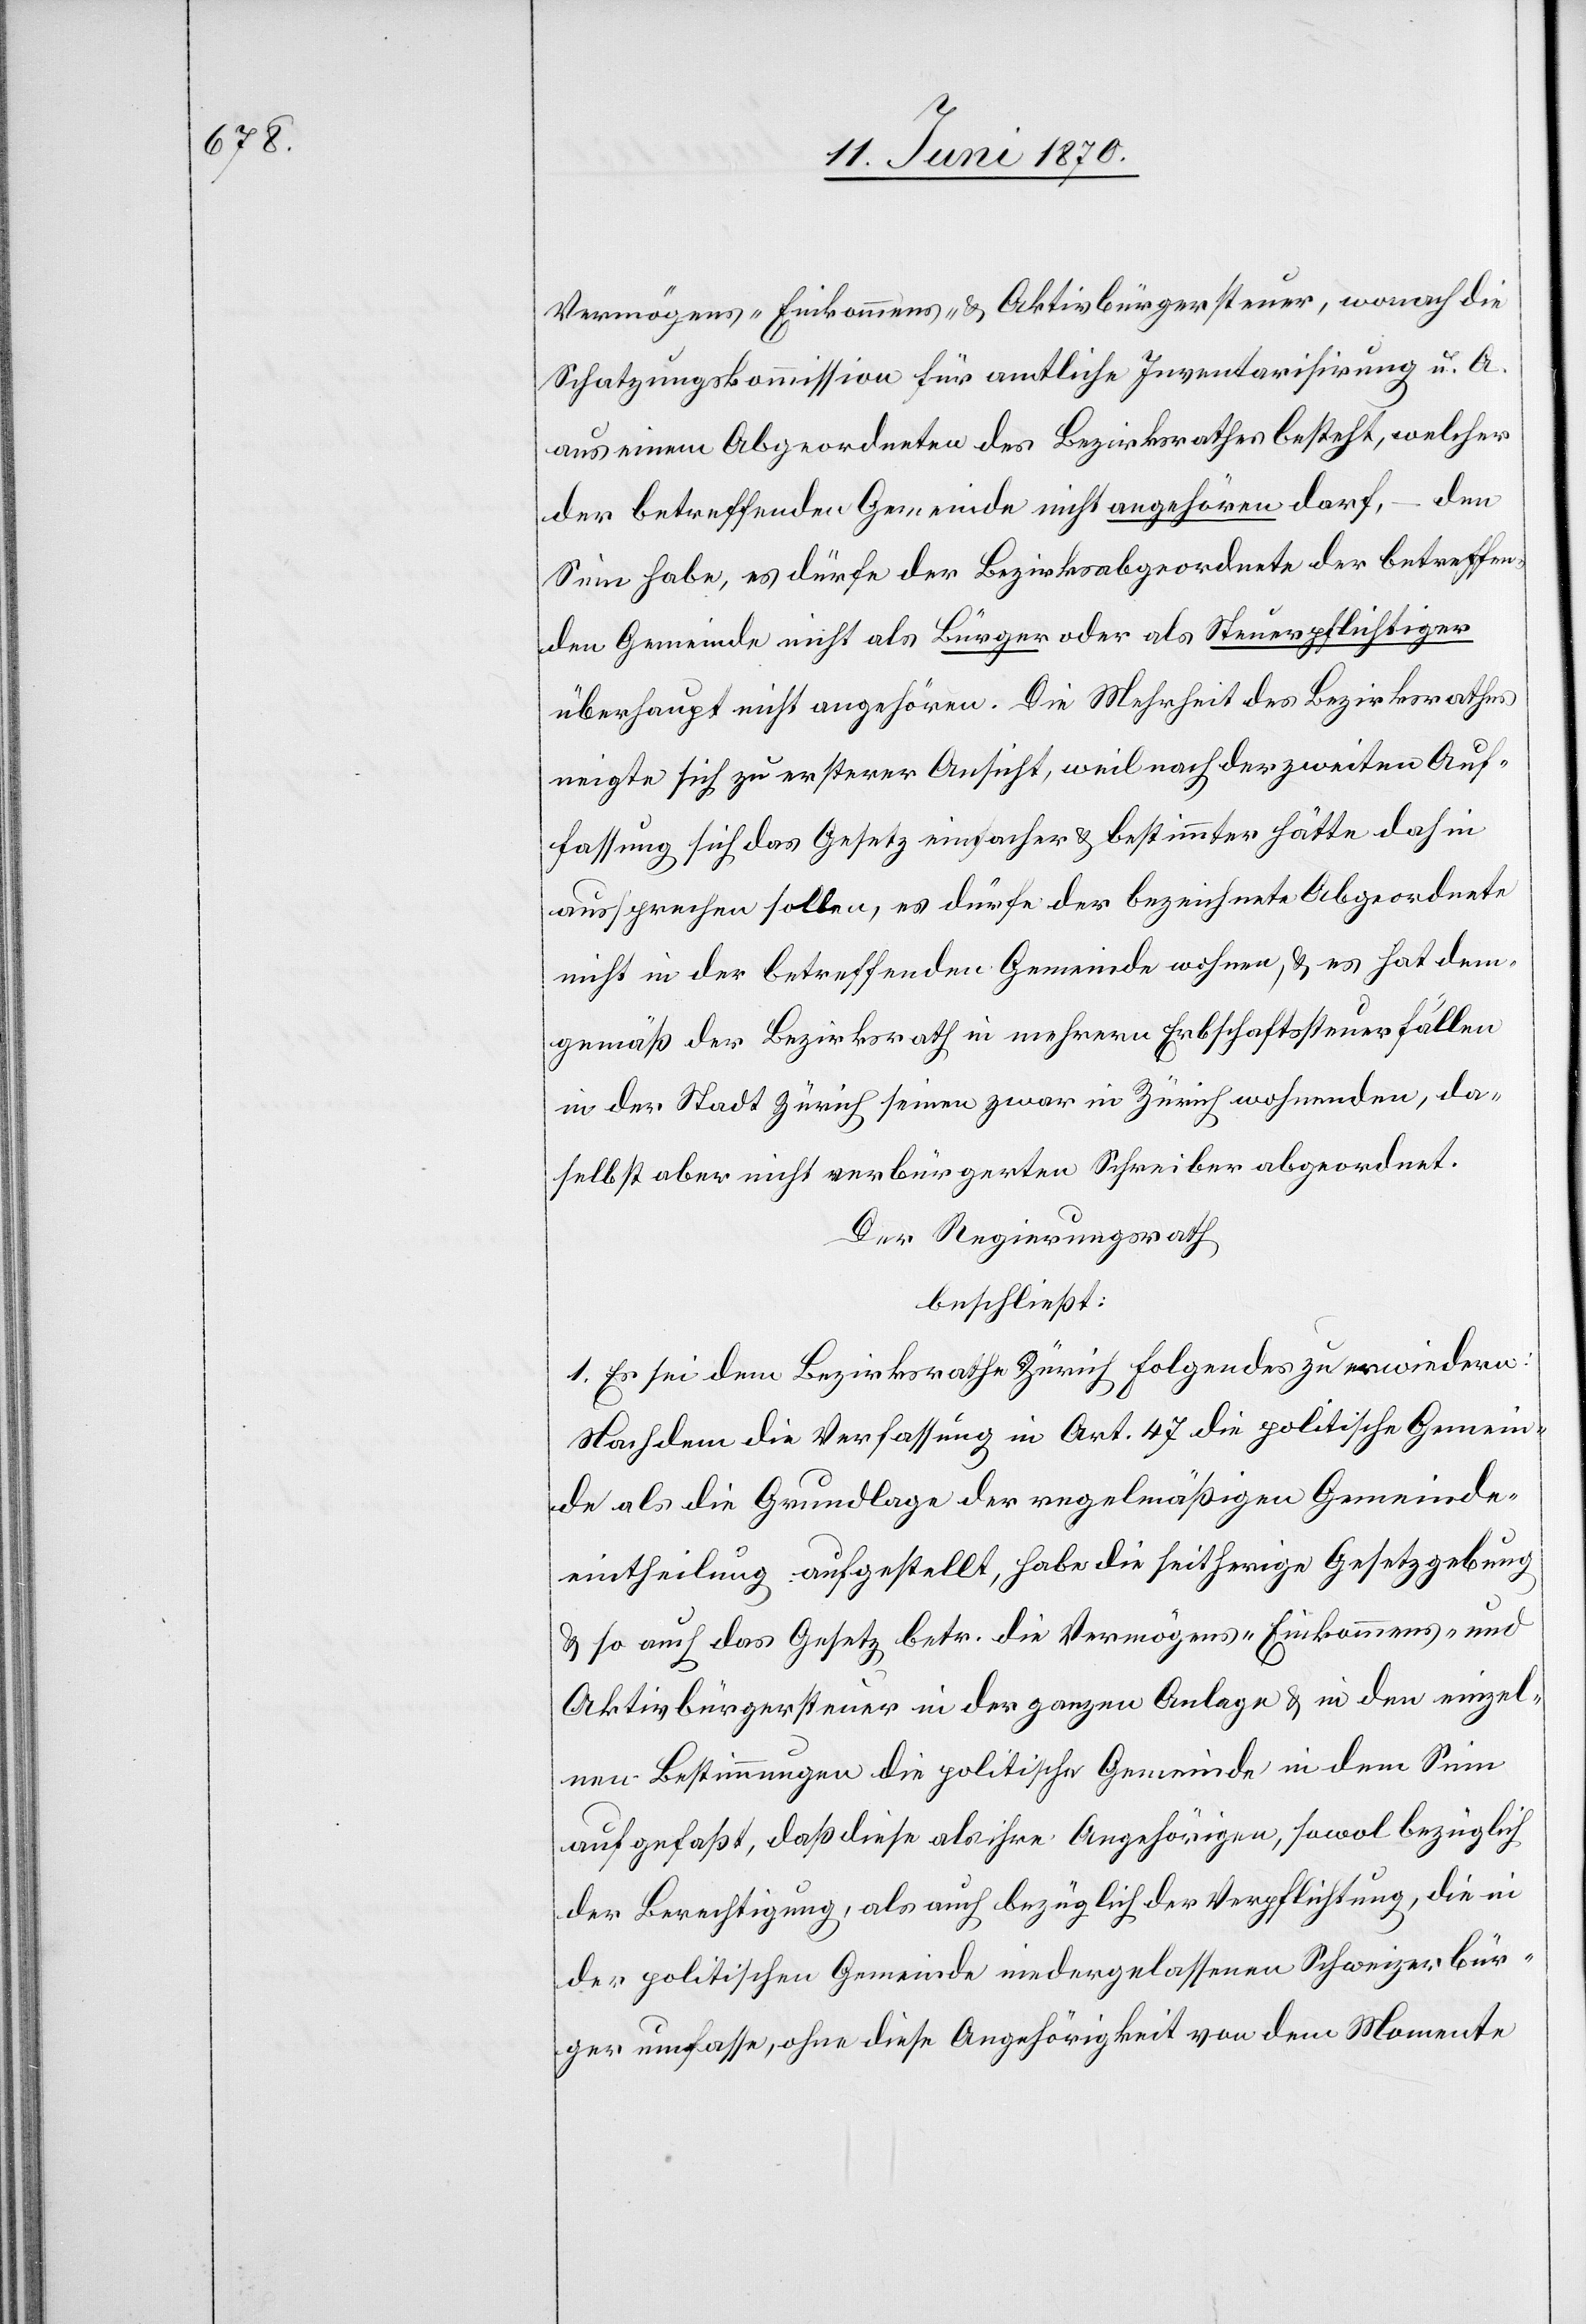
Vermögens-[,] Einkommens- & Aktivbürgersteuer, wonach die
Schatzungskommission für amtliche Inventarisirung u. A.
aus einem Abgeordneten des Bezirksrathes besteht, welcher
der betreffenden Gemeinde nicht angehören darf, – den
Sinn habe, es dürfe der Bezirksabgeordnete der betreffen¬
den Gemeinde nicht als Bürger oder als Steuerpflichtiger
überhaupt nicht angehören. Die Mehrheit des Bezirksrathes
neigte sich zu ersterer Ansicht, weil nach der zweiten Auf¬
fassung sich das Gesetz einfacher & bestimmter hätte dahin
aussprechen sollen, es dürfe der bezeichnete Abgeordnete
nicht in der betreffenden Gemeinde wohnen, & es hat dem¬
gemäß der Bezirksrath in mehrern Erbschaftssteuerfällen
in der Stadt Zürich seinen zwar in Zürich wohnenden, da¬
selbst aber nicht verbürgerten Schreiber abgeordnet.
Der Regierungsrath
beschließt:
1. Es sei dem Bezirksrath Zürich Folgendes zu erwiedern:
Nachdem die Verfassung in Art. 47 die politische Gemein¬
de als die Grundlage der regelmäßigen Gemeinde¬
eintheilung aufgestellt, habe die seitherige Gesetzgebung
& so auch das Gesetz betr. die Vermögens-[,] Einkommens- und
Aktivbürgersteuer in der ganzen Anlage & in den einzel¬
nen Bestimmungen die politische Gemeinde in dem Sinn
aufgefaßt, daß diese als ihre Angehörigen, sowol bezüglich
der Berechtigung, als auch bezüglich der Verpflichtung, die in
der politischen Gemeinde niedergelassenen Schweizerbür¬
ger umfasse, ohne diese Angehörigkeit von dem Momente